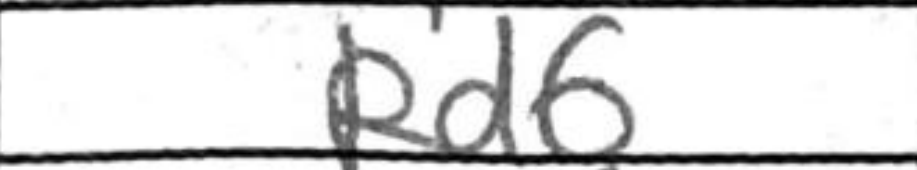
Transcription: Rd6